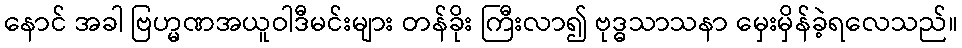
နောင် အခါ ဗြဟ္မဏအယူဝါဒီမင်းများ တန်ခိုး ကြီးလာ၍ ဗုဒ္ဓသာသနာ မှေးမှိန်ခဲ့ရလေသည်။